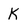
Character: K